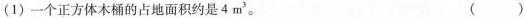
(1)一个正方体木桶的占地面积约是4m^{3}。 ()